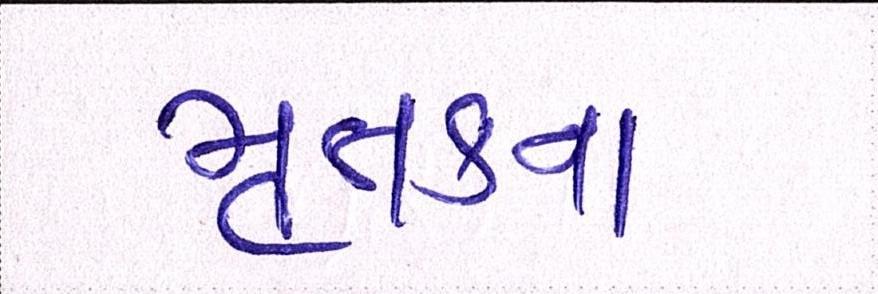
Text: મૃતકના